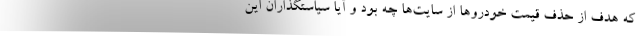
که هدف از حذف قیمت خودروها از سایت‌ها چه بود و آیا سیاستگذاران این